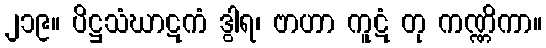
၂၁၉။ ပိဋ္ဌသံဃာဋကံ ဒွါရ၊ ဗာဟာ ကူဋံ တု ကဏ္ဏိကာ။